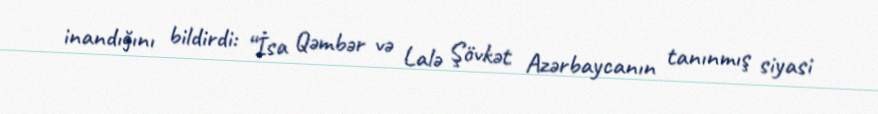
inandığını bildirdi: “İsa Qəmbər və Lalə Şövkət Azərbaycanın tanınmış siyasi